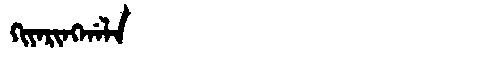
Manchu: ᡴᡳᠶᠠᡵᡳᠩᡤᠠᠯᠠ
Romanization: KIYARINGGALA